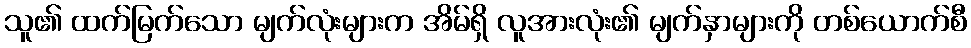
သူ၏ ထက်မြက်သော မျက်လုံးများက အိမ်ရှိ လူအားလုံး၏ မျက်နှာများကို တစ်ယောက်စီ